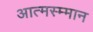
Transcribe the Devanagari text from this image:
आत्मस्म्मान